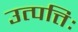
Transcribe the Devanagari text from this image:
उत्पत्तिः